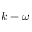
k - \omega